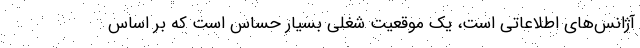
آژانس‌های اطلاعاتی است، یک موقعیت شغلی بسیار حساس است که بر اساس